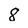
Character: 8